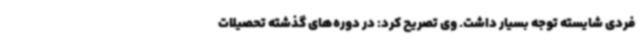
فردی شایسته توجه بسیار داشت. وی تصریح کرد: در دوره‌های گذشته تحصیلات